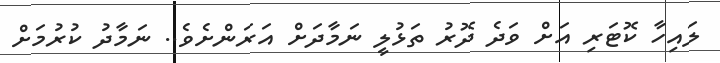
ލައިހާ ކޮޓަރި އަށް ވަދެ ދޮރު ތަޅުލީ ނަމާދަށް އަރަންށެވެ.. ނަމާދު ކުރުމަށް